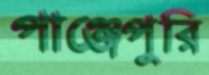
পাঞ্জেপুরি